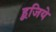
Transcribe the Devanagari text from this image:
हूजिये